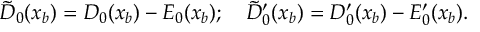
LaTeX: \tilde { D } _ { 0 } ( x _ { b } ) = D _ { 0 } ( x _ { b } ) - E _ { 0 } ( x _ { b } ) ; \quad \tilde { D } _ { 0 } ^ { \prime } ( x _ { b } ) = D _ { 0 } ^ { \prime } ( x _ { b } ) - E _ { 0 } ^ { \prime } ( x _ { b } ) .